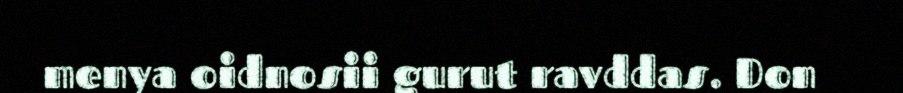
menya oidnosii gurut ravddas. Don